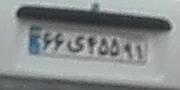
۶۶ی۴۵۵۹۱